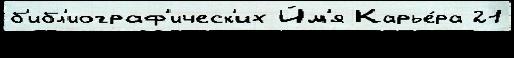
б'ибл'иограф'ическ'их И́м'я Карье́ра 21